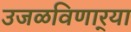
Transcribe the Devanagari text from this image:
उजळविणार्‍या